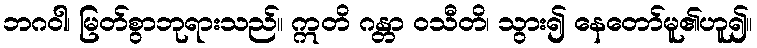
ဘဂဝါ၊ မြတ်စွာဘုရားသည်။ ဣတိ ဂန္တာ ဝသီတိ၊ သွား၍ နေတော်မူ၏ဟူ၍။